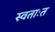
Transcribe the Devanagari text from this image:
स्वताःत